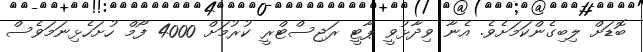
ބޮޑަށް ލިބިގެންކަމަށެވެ. އެނާ ވިދާޅުވީ ޕާޓީ ރަޖިސްޓްރީ ކުރުމަށް 4000 ފޯމް ހުށަހެޅިނަމަވެސް